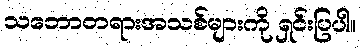
သဘောတရားအသစ်များကို ရှင်းပြပါ။